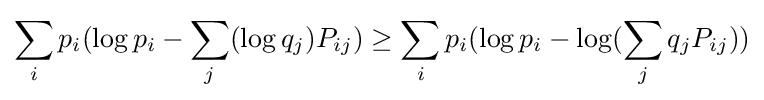
\sum _{i}p_{i}(\log p_{i}-\sum _{j}(\log q_{j})P_{ij})\geq \sum _{i}p_{i}(\log p_{i}-\log(\sum _{j}q_{j}P_{ij}))